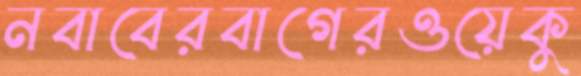
নবাবেরবাগেরওয়েকু